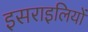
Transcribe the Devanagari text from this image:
इसराइलियों